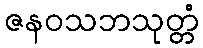
ဇနဝသဘသုတ္တံ